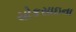
ચોકસાઇના